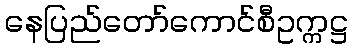
နေပြည်တော်ကောင်စီဥက္ကဋ္ဌ